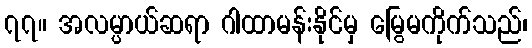
၇၇။ အလမ္ပာယ်ဆရာ ဂါထာမန်းနိုင်မှ မြွေမကိုက်သည်၊